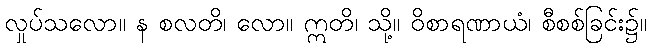
လှုပ်သလော။ န စလတိ၊ လော။ ဣတိ၊ သို့။ ဝိစာရဏာယံ၊ စီစစ်ခြင်း၌။